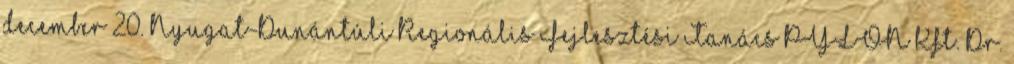
december 20. Nyugat-Dunántúli Regionális Fejlesztési Tanács PYLON Kft. Dr.